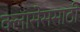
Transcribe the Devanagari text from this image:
क्लासेससाठी